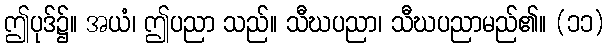
ဤပုဒ်၌။ အယံ၊ ဤပညာ သည်။ သီဃပညာ၊ သီဃပညာမည်၏။ (၁၁)